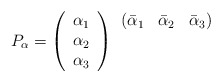
\begin{align*}P_\alpha = \left( \begin{array}{c} \alpha_1 \\\alpha_2 \\\alpha_3 \end{array}\right)\begin{array}{ccc} (\bar\alpha_1 & \bar\alpha_2 & \bar\alpha_3) \\ & & \\ & & \end{array} \end{align*}